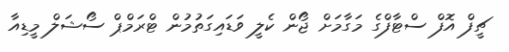
ޗީފް އޮފް ސްޓާފްގެ މަގާމަށް ޖޯން ކެލީ ވަޑައިގަތުމުން ޓްރަމްޕް ސޯޝަލް މީޑިއާ